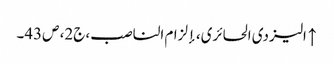
↑ الیزدی الحائری، إلزام الناصب، ج‌2، ص43۔